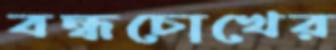
বন্ধচোখের